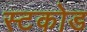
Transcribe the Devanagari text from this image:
स्टकोड